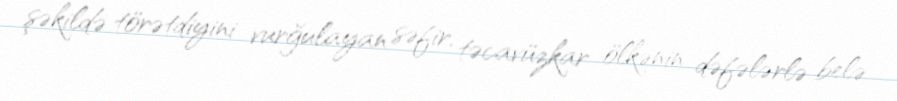
şəkildə törətdiyini vurğulayan səfir, təcavüzkar ölkənin dəfələrlə belə